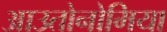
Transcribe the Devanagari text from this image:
आउतोनोमिया